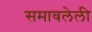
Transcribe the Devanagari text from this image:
समावलेली